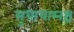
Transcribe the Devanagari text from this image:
सुधाधाम्नश्च